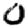
Digit: 0